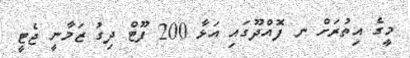
މީގެ އިތުރަށް ނ ފޮއްދޫގައި އަޅާ 200 ފޫޓް ދިގު ޒަމާނީ ޖެޓީ